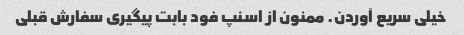
خیلی سریع آوردن. ممنون از اسنپ فود بابت پیگیری سفارش قبلی